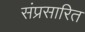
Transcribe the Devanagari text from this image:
संप्रसारित